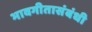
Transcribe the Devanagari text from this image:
भावगीतासंबंधी